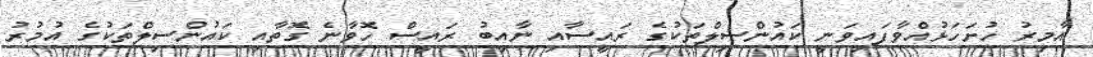
އާމިރު ހުށަހަޅުއްވާފައިވަނީ ކައުންސިލްތަކުގެ ރައީސާއި ނާއިބު ރައީސް ހޮވާނެ ގޮތާއި ކައުންސިލްތަކުގެ އުމުރު